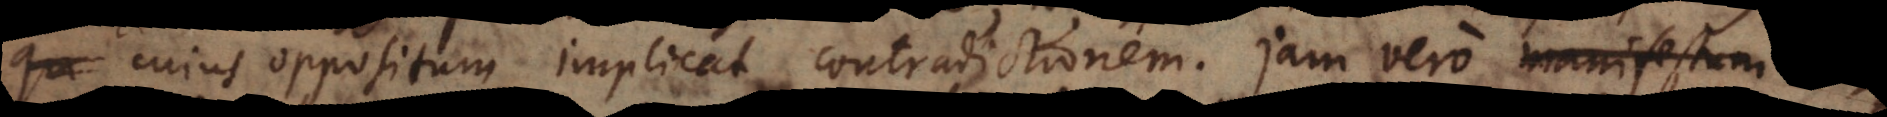
cujus oppositum implicat contradictionem. Jam vero diversi